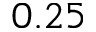
0 . 2 5